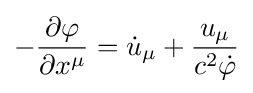
-{\partial \varphi  \over \partial x^{\mu }}={\dot {u}}_{\mu }+{u_{\mu } \over c^{2}{\dot {\varphi }}}